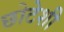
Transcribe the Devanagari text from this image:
छोटेशी